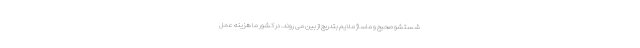
شستشو صحیح و ماساژ ملایم بتدریج از بین می روند. در کشور ما هزینه عمل